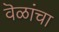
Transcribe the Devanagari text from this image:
वॆळांचा